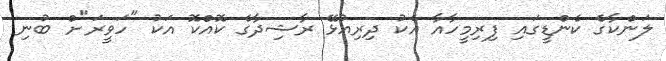
ލަންކާގެ ކެންޑީގައި ފިރިމީހާއާ އެކު ދިރިއުޅޭ ރާޝިދާގެ ކޮއްކޮ އަކު "ހަވީރަ"ށް ބުނި